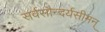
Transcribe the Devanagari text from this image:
सर्वसौन्दर्यसीमन्